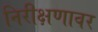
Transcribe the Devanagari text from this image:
निरीक्षणावर